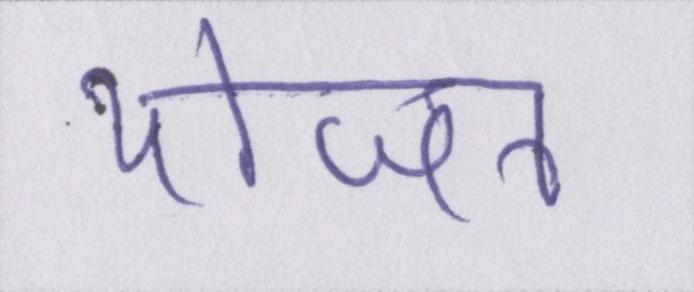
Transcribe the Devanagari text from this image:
योजन